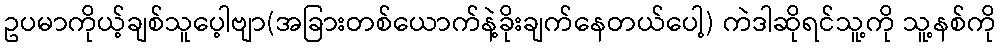
ဥပမာကိုယ့်ချစ်သူပေ့ါဗျာ(အခြားတစ်ယောက်နဲ့ခိုးချက်နေတယ်ပေါ့) ကဲဒါဆိုရင်သူ့ကို သူ့နစ်ကို